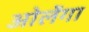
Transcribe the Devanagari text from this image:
ओलेंगा